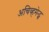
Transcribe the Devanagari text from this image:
अचिव्हमेन्ट्स